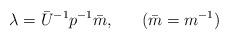
LaTeX: \begin{align*}\lambda = \bar{U}^{-1} p^{-1} \bar{m},~~~~~(\bar{m}=m^{-1})\end{align*}